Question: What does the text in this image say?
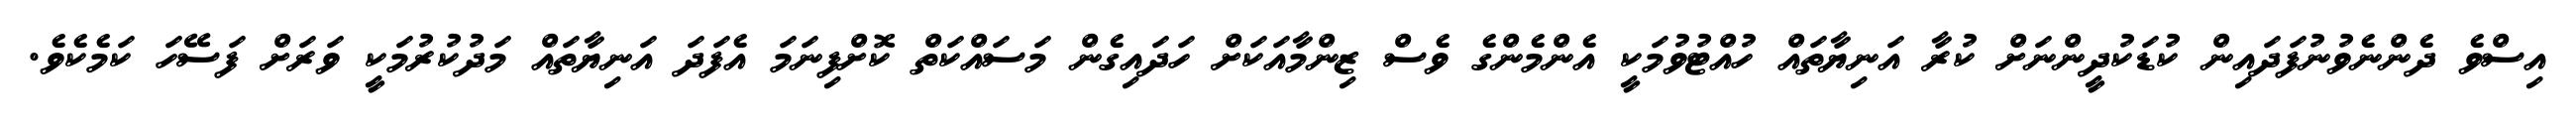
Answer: އިސްވެ ދެންނެވުނުފަދައިން ކުޑަކުދީންނަށް ކުރާ އަނިޔާތައް ހުއްޓުވުމަކީ އެންމެންގެ ވެސް ޒިންމާއަކަށް ހަދައިގެން މަސައްކަތް ކޮށްފިނަމަ އެފަދަ އަނިޔާތައް މަދުކުރުމަކީ ވަރަށް ފަސޭހަ ކަމެކެވެ.